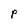
Character: p